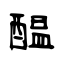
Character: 醖